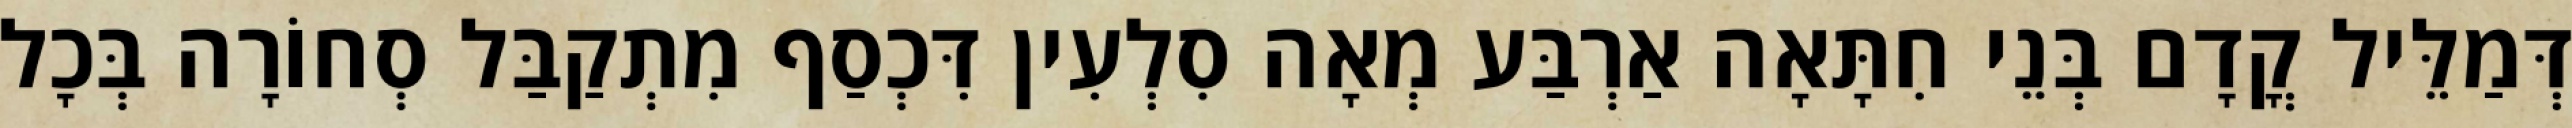
דְּמַלֵּיל קֳדָם בְּנֵי חִתָּאָה אַרְבַּע מְאָה סִלְעִין דִּכְסַף מִתְקַבַּל סְחוֹרָה בְּכָל